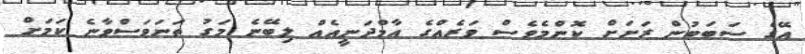
އޭގެ ސަބަބުން ރަށަށް ކޮންމެވެސް ވަރެއްގެ އާމްދަނީއެއް ލިބޭނެ މަގު ތަނަވަސްވާނެ ކަމަށް